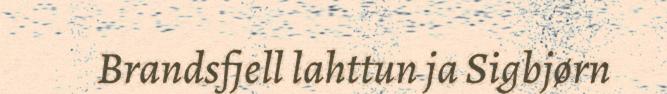
Brandsfjell lahttun ja Sigbjørn